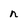
Character: n